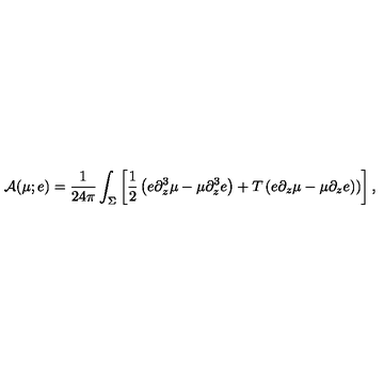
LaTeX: { \cal A } ( \mu ; e ) = { \frac { 1 } { 2 4 \pi } } \int _ { \Sigma } \left[ { \frac { 1 } { 2 } } \left( e \partial _ { z } ^ { 3 } \mu - \mu \partial _ { z } ^ { 3 } e \right) + T \left( e \partial _ { z } \mu - \mu \partial _ { z } e ) \right) \right] ,